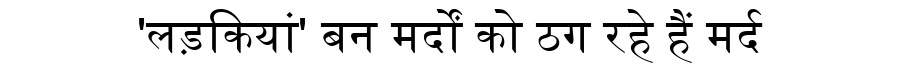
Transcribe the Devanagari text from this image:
'लड़कियांं' बन मर्दों को ठग रहे हैं मर्द